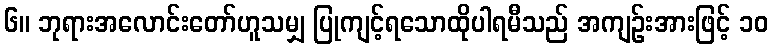
၆။ ဘုရားအလောင်းတော်ဟူသမျှ ပြုကျင့်ရသောထိုပါရမီသည် အကျဉ်းအားဖြင့် ၁၀